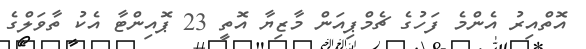
އޮތްއިރު އެންމެ ފަހުގެ ޗެމްޕިއަން މާޒިޔާ އޮތީ 23 ޕޮއިންޓާ އެކު ތާވަލްގެ